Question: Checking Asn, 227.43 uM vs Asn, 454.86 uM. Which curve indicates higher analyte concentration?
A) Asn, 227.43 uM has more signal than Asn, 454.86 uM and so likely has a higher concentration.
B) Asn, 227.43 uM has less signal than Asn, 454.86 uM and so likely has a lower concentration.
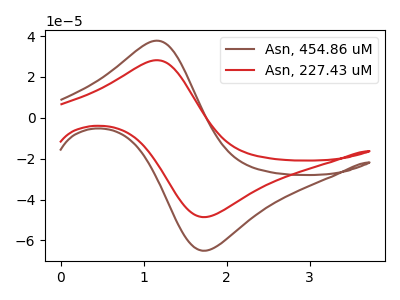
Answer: <think>The brown curve "Asn, 454.86 uM" has an anodic peak at (1.15V, 37.70uA) and a cathodic peak at (1.75V, -64.95uA). The red curve "Asn, 227.43 uM" has an anodic peak at (1.15V, 28.15uA) and a cathodic peak at (1.75V, -48.50uA).
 All the peaks in "Asn, 227.43 uM" have a peak in "Asn, 454.86 uM" at the same potential. Every peak in "Asn, 227.43 uM" is lower than every peak in "Asn, 454.86 uM".</think>
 <answer>B) "Asn, 227.43 uM" has less signal than "Asn, 454.86 uM" and so likely has a lower concentration.</answer>
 <eval>B</eval>